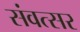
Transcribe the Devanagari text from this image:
संवत्‍सर